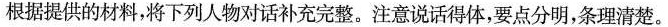
根据提供的材料，将下列人物对话补充完整。注意说话得体，要点分明，条理清楚。